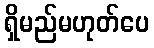
ရှိမည်မဟုတ်ပေ